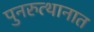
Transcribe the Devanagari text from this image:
पुनरुत्थानात